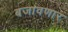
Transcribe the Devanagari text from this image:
बजावणार